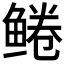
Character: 𫚠